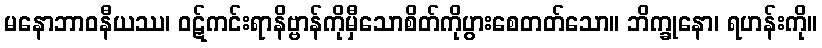
မနောဘာဝနီယဿ၊ ဝဋ်ကင်းရာနိဗ္ဗာန်ကိုမှီသောစိတ်ကိုပွားစေတတ်သော။ ဘိက္ခုနော၊ ရဟန်းကို။